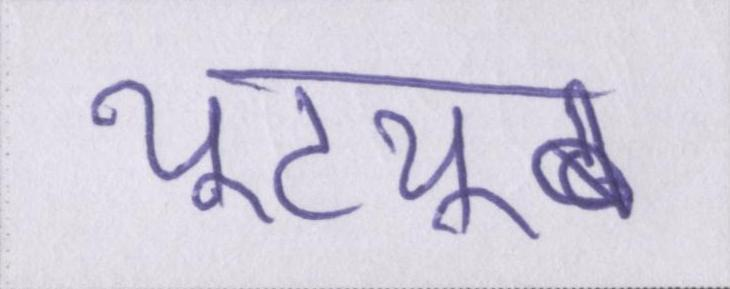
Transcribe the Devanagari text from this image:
यूट्यूब